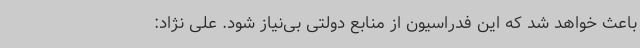
باعث خواهد شد که این فدراسیون از منابع دولتی بی‌نیاز شود. علی نژاد: